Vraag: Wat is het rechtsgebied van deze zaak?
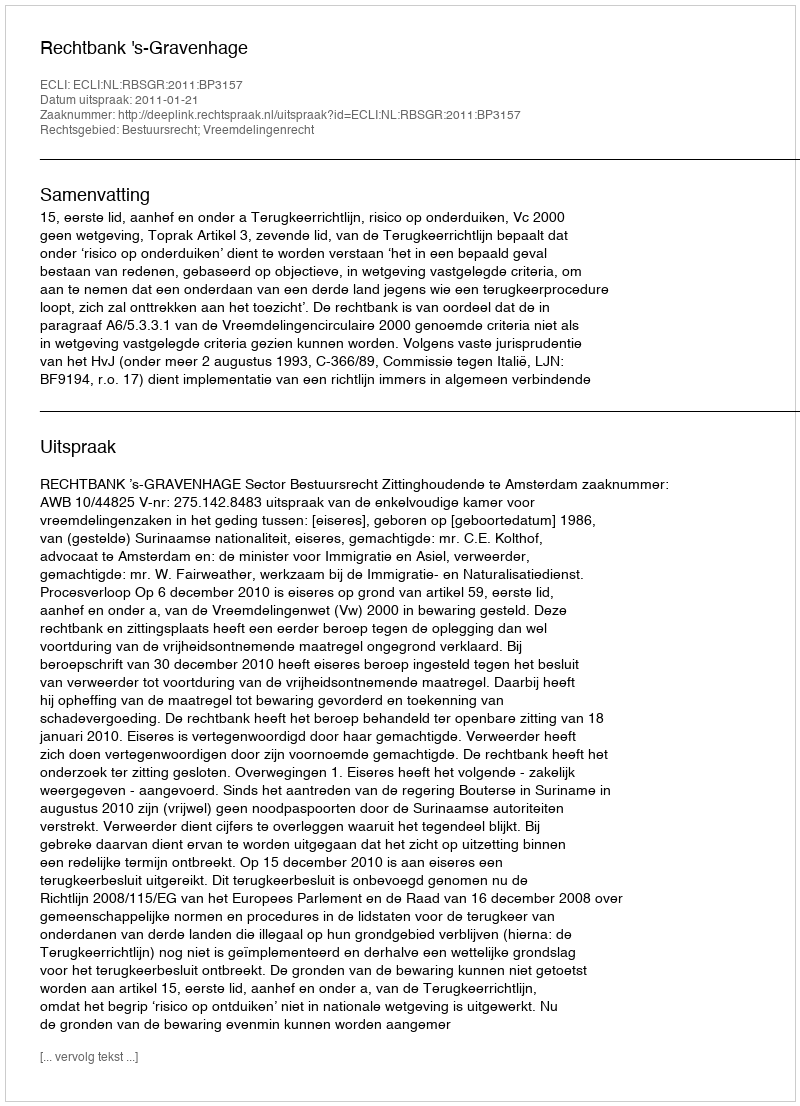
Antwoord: Bestuursrecht; Vreemdelingenrecht